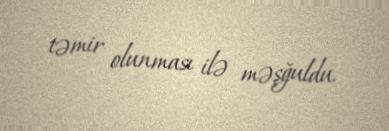
təmir olunması ilə məşğuldu.